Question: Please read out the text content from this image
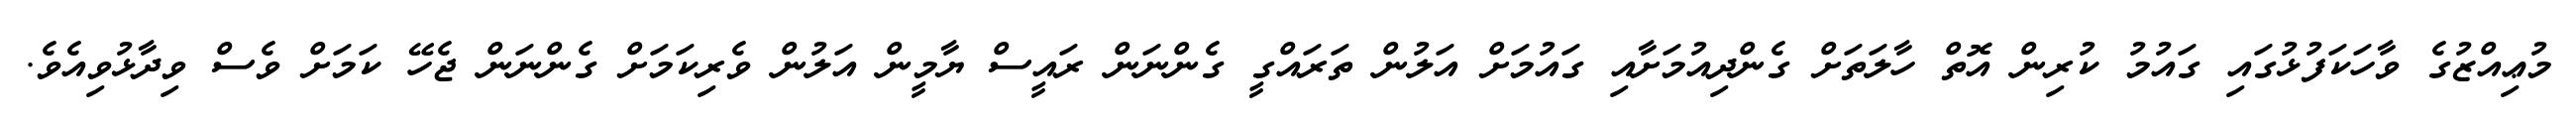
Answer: މުޢިއްޒުގެ ވާހަކަފުޅުގައި ގައުމު ކުރިން އޮތް ހާލަތަށް ގެންދިއުމަށާއި ގައުމަށް އަލުން ތަރައްގީ ގެންނަން ރައީސް ޔާމީން އަލުން ވެރިކަމަށް ގެންނަން ޖެހޭ ކަމަށް ވެސް ވިދާޅުވިއެވެ.